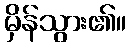
မှိန်သွား၏။